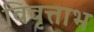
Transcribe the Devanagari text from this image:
विवृत्ताभ